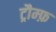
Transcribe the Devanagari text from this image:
ट्रौम्फ़